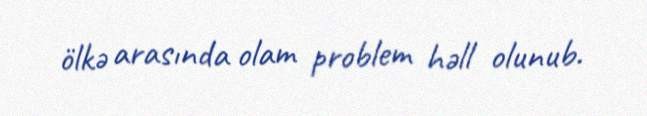
ölkə arasında olam problem həll olunub.